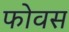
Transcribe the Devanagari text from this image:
फोवस